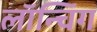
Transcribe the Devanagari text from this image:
लाॅन्चिंग